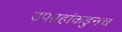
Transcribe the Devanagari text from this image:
उपग्रहांकडुनच